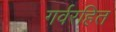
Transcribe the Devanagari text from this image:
गर्वरहित